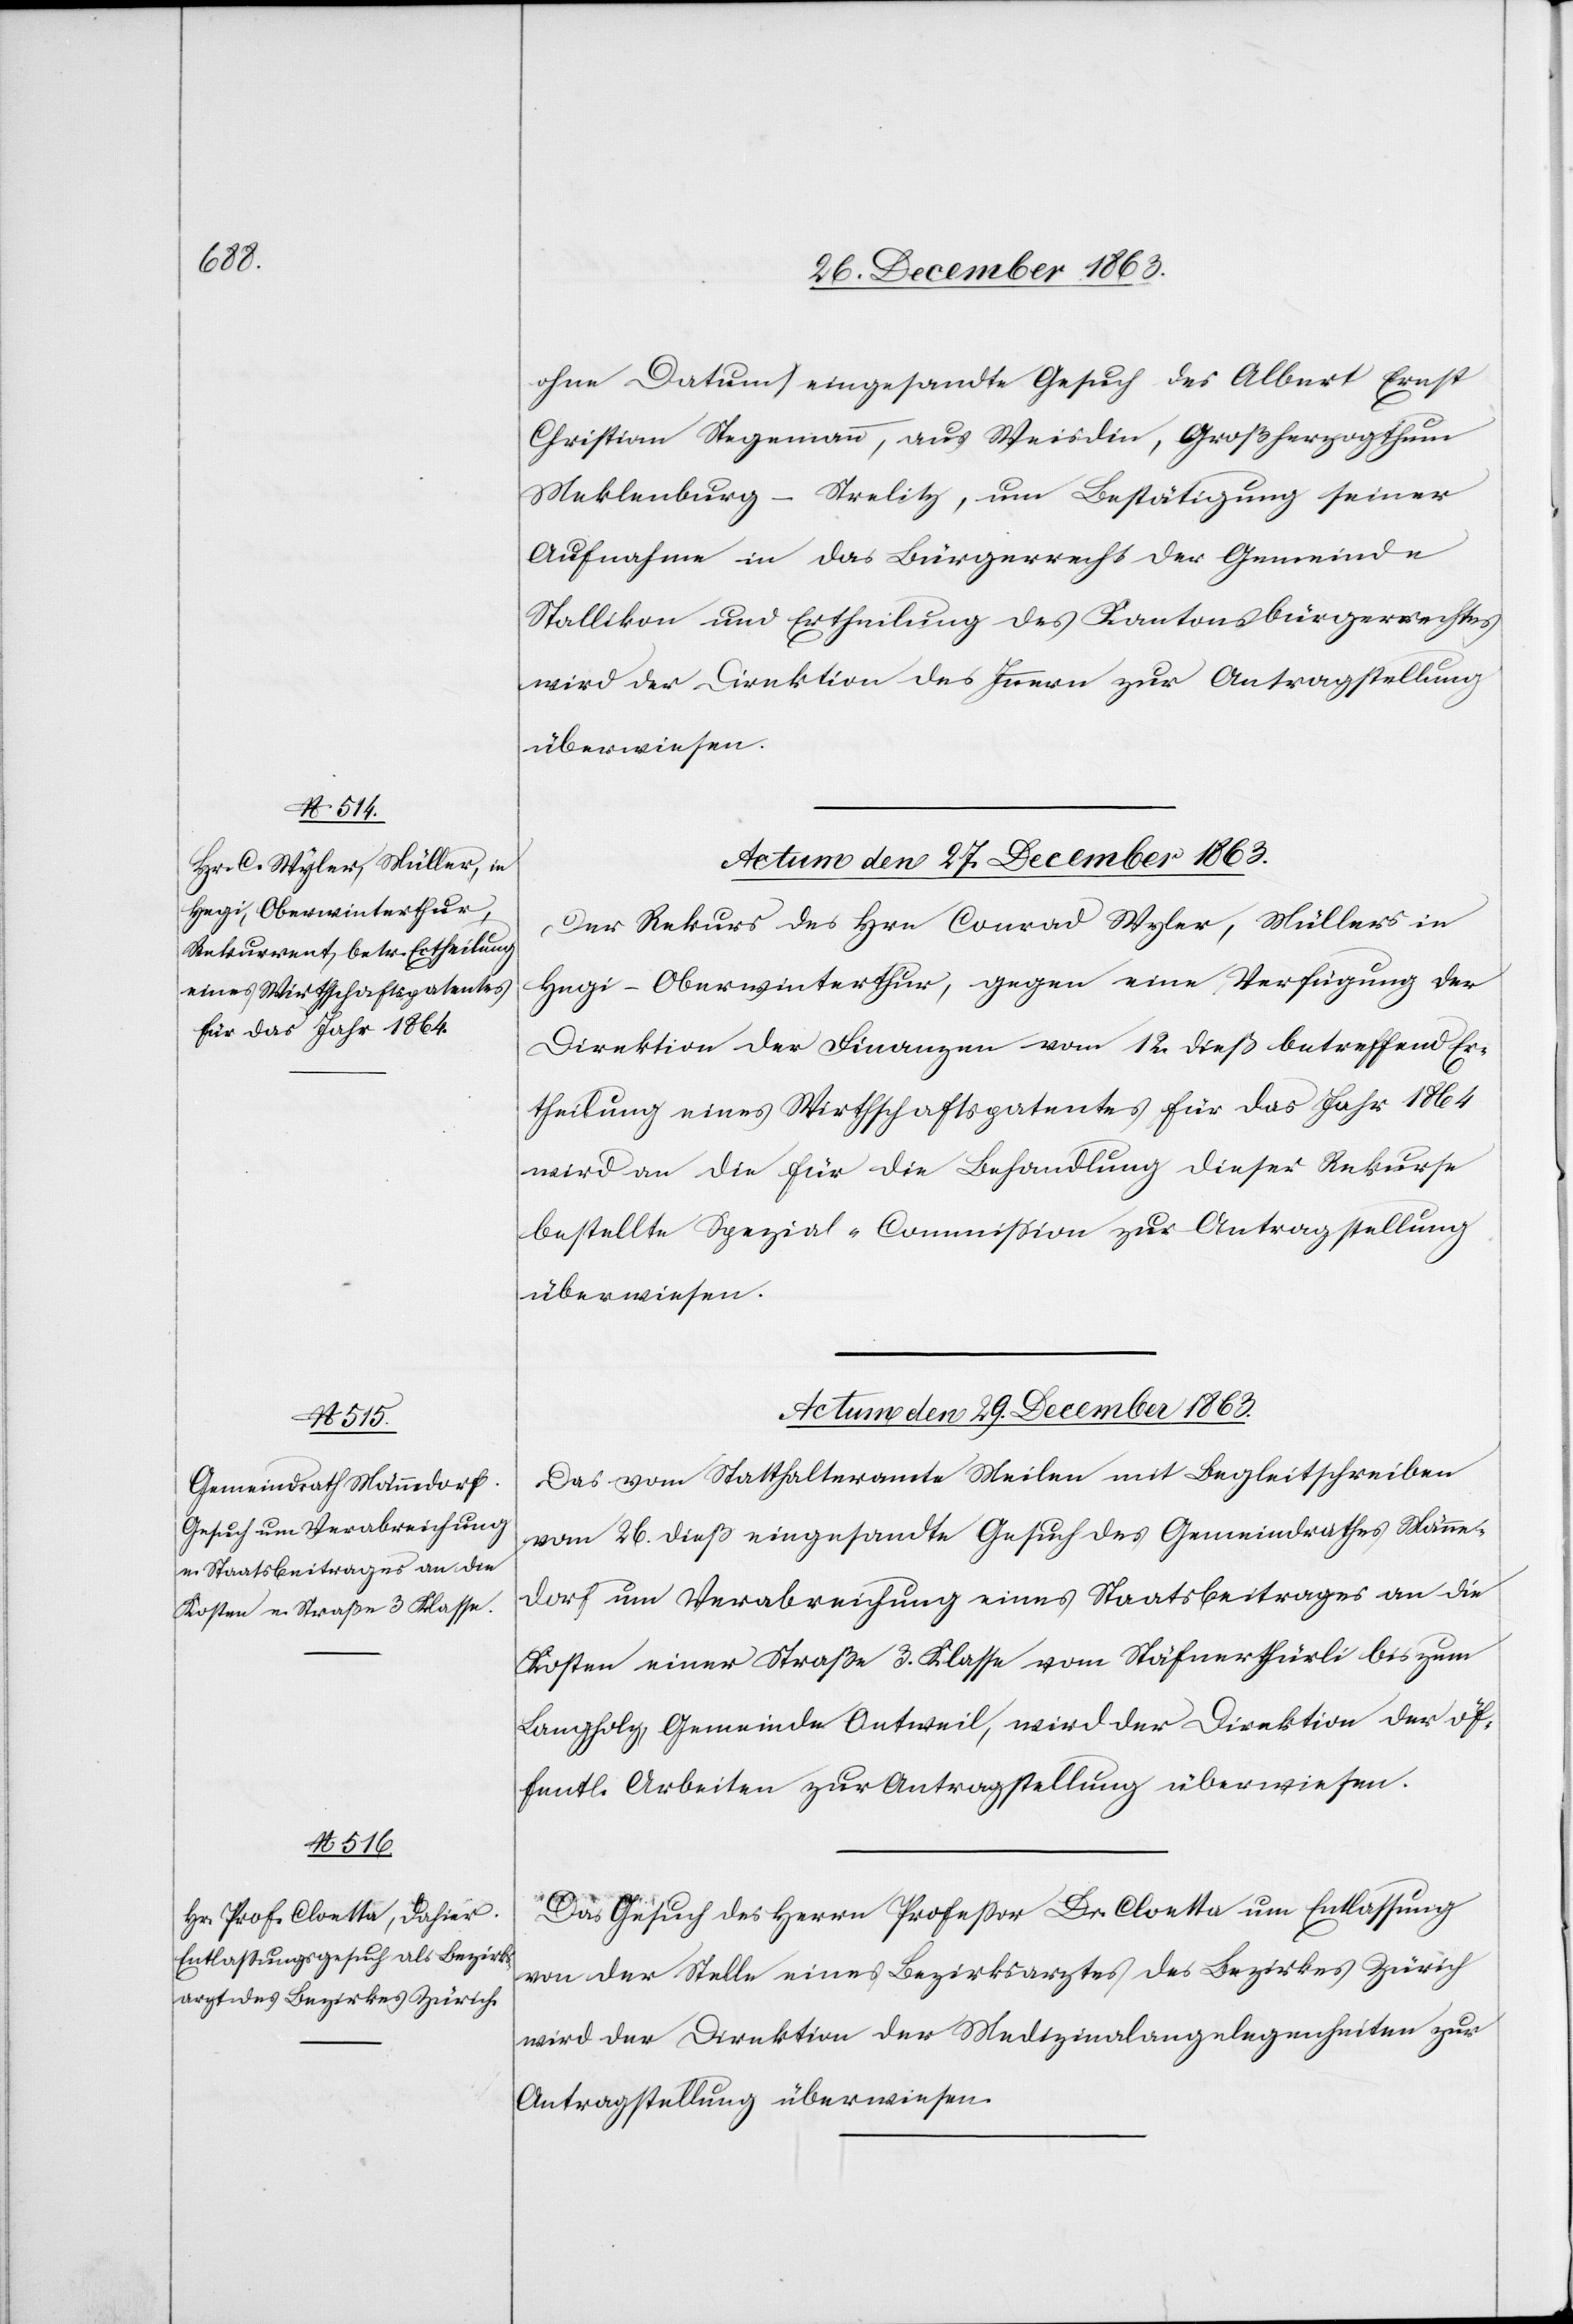
ohne Datum) eingesandte Gesuch des Albert Ernst
Christian Stegemann, aus Weisdin, Großherzogthum
Meklenburg-Strelitz, um Bestätigung seiner
Aufnahme in das Bürgerrecht der Gemeinde
Stallikon und Ertheilung des Kantonsbürgerrechtes
wird der Direktion des Innern zur Antragstellung
überwiesen.
Actum den 27. December 1863.
Der Rekurs des Hrn Conrad Wyler, Müllers in
Hegi-Oberwinterthur, gegen eine Verfügung der
Direktion der Finanzen vom 12. dieß betreffend Er¬
theilung eines Wirthschaftspatentes für das Jahr 1864
wird an die für die Behandlung dieser Rekurse
bestellte Spezial-Commission zur Antragstellung
überwiesen.
Actum den 29. December 1863.]
Das vom Statthalteramte Meilen mit Begleitschreiben
vom 26. dieß eingesandte Gesuch des Gemeindrathes Männe¬
dorf und Verabreichung eines Staatsbeitrages an die
Kosten einer Straße 3. Klasse vom Stäfnerthürli bis zum
Langholz, Gemeinde Oetweil, wird der Direktion der öf¬
fentlichen Arbeiten zur Antragstellung überwiesen.
Das Gesuch des Herrn Professor Dr. Cloetta um Entlassung
von der Stelle eines Bezirksarztes des Bezirkes Zürich
wird der Direktion der Medizinalangelegenheiten zur
Antragstellung überwiesen.